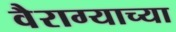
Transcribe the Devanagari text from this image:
वैराग्याच्या